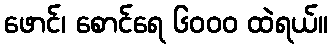
ဖောင်၊ စောင်ရေ ၆၀၀၀ ထဲရယ်။